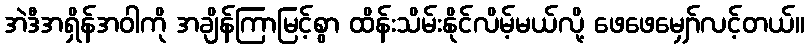
အဲဒီအရှိန်အဝါကို အချိန်ကြာမြင့်စွာ ထိန်းသိမ်းနိုင်လိမ့်မယ်လို့ ဖေဖေမျှော်လင့်တယ်။